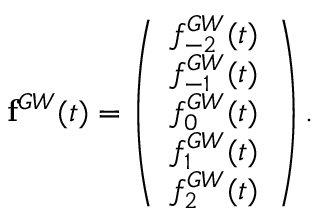
{ \bf f } ^ { G W } ( t ) = \left( \begin{array} { l } { f _ { - 2 } ^ { G W } ( t ) } \\ { f _ { - 1 } ^ { G W } ( t ) } \\ { f _ { 0 } ^ { G W } ( t ) } \\ { f _ { 1 } ^ { G W } ( t ) } \\ { f _ { 2 } ^ { G W } ( t ) } \end{array} \right) .